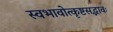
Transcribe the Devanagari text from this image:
स्वभावोत्कृष्टसद्भावः